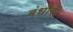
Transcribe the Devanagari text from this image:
बंधौैरी